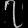
Digit: ၇